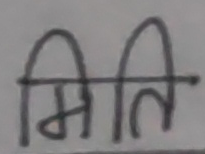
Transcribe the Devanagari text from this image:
मिति